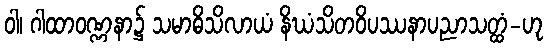
ဝါ၊ ဂါထာဝဏ္ဏနာ၌ သမာဓိသိလာယံ နိဃံသိတဝိပဿနာပညာသတ္ထံ-ဟု